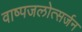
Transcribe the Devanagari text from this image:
वाष्पजलोत्सर्जन